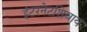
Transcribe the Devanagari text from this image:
इंटरनेटशिवाय